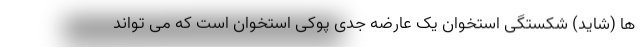
ها (شاید) شکستگی استخوان یک عارضه جدی پوکی استخوان است که می تواند